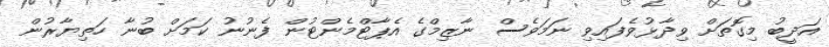
އަދީބު މިގޮތަށް ވިދާޅުވެފައިވި ނަމަވެސް ނާޒިމްގެ އެޕާޓްމެންޓުން ފެނުނު ކަމަށް ބުނާ ހަތިޔާރުން